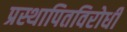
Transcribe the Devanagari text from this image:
प्रस्थापितविरोधी